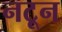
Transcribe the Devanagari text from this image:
नटून